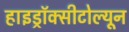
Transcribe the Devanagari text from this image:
हाइड्रॉक्सीटोल्यून